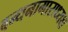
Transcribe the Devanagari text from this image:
बन्धनागाराध्यक्ष